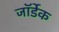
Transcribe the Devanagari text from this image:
जॉर्डेक